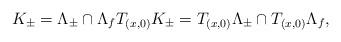
LaTeX: \begin{align*} K_{\pm} = \Lambda_{\pm} \cap \Lambda_{f} T_{( x , 0 )} K_{\pm} = T_{( x , 0 )} \Lambda_{\pm} \cap T_{( x , 0 )} \Lambda_{f} ,\end{align*}